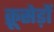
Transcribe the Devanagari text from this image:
क्रूसेड़ों